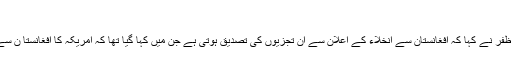
“
مسلم لیگ ق کے سینیٹر ایس ایم ظفر نے کہا کہ افغانستان سے انخلاء کے اعلان سے اُن تجزیوں کی تصدیق ہوتی ہے جن میں کہا گیا تھا کہ امریکہ کا افغانستا ن سے نکلنے کا وقت قریب آ گیا ہے۔